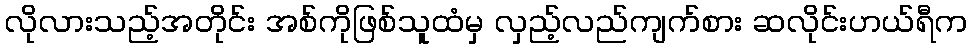
လိုလားသည့်အတိုင်း အစ်ကိုဖြစ်သူထံမှ လှည့်လည်ကျက်စား ဆလိုင်းဟယ်ရီက